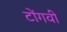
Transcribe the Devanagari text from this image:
टोंगवी